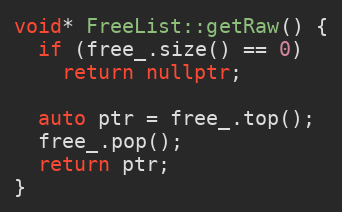
Language: C++
void* FreeList::getRaw() {
  if (free_.size() == 0)
    return nullptr;

  auto ptr = free_.top();
  free_.pop();
  return ptr;
}